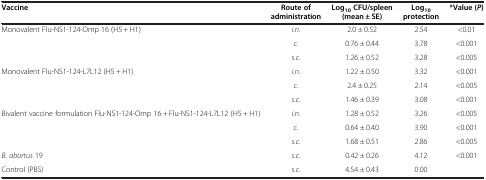
<table><thead><tr><td><b>Vaccine</b></td><td><b>Route of administration</b></td><td><b>Log<sub>10 </sub>CFU/spleen (mean ± SE)</b></td><td><b>Log<sub>10 </sub>protection</b></td><td><b>*Value (<i>P</i>)</b></td></tr></thead><tbody><tr><td rowspan="3">Monovalent Flu-NS1-124-Omp 16 (H5 + H1)</td><td><i>i.n.</i></td><td>2.0 ± 0.52</td><td>2.54</td><td>&lt;0.01</td></tr><tr><td><i>c.</i></td><td>0.76 ± 0.44</td><td>3.78</td><td>&lt;0.001</td></tr><tr><td><i>s.c.</i></td><td>1.26 ± 0.52</td><td>3.28</td><td>&lt;0.005</td></tr><tr><td rowspan="3">Monovalent Flu-NS1-124-L7L12 (H5 + H1)</td><td><i>i.n.</i></td><td>1.22 ± 0.50</td><td>3.32</td><td>&lt;0.001</td></tr><tr><td><i>c.</i></td><td>2.4 ± 0.25</td><td>2.14</td><td>&lt;0.005</td></tr><tr><td><i>s.c.</i></td><td>1.46 ± 0.39</td><td>3.08</td><td>&lt;0.001</td></tr><tr><td rowspan="3">Bivalent vaccine formulation Flu-NS1-124-Omp 16 + Flu-NS1-124-L7L12 (H5 + H1)</td><td><i>i.n.</i></td><td>1.28 ± 0.52</td><td>3.26</td><td>&lt;0.005</td></tr><tr><td><i>c.</i></td><td>0.64 ± 0.40</td><td>3.90</td><td>&lt;0.001</td></tr><tr><td><i>s.c.</i></td><td>1.68 ± 0.51</td><td>2.86</td><td>&lt;0.005</td></tr><tr><td><i>B. abortus</i> 19</td><td><i>s.c.</i></td><td>0.42 ± 0.26</td><td>4.12</td><td>&lt;0.001</td></tr><tr><td>Control (PBS)</td><td><i>s.c.</i></td><td>4.54 ± 0.43</td><td>0.00</td><td> </td></tr></tbody></table>